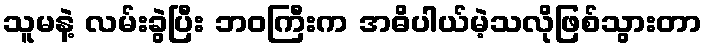
သူမနဲ့ လမ်းခွဲပြီး ဘဝကြီးက အဓိပါယ်မဲ့သလိုဖြစ်သွားတာ